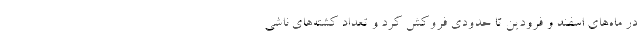
در ماه‌های اسفند و فرودین تا حدودی فروکش کرد و تعداد کشته‌های ناشی